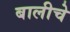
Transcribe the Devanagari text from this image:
बालीचे